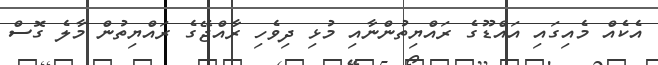
އެކެއް މެއިގައި އައްޑޫގެ ރައްޔިތުންނާއި މުޅި ދިވެހި ރާއްޖޭގެ ރައްޔިތުން މާލެ ގޮސް